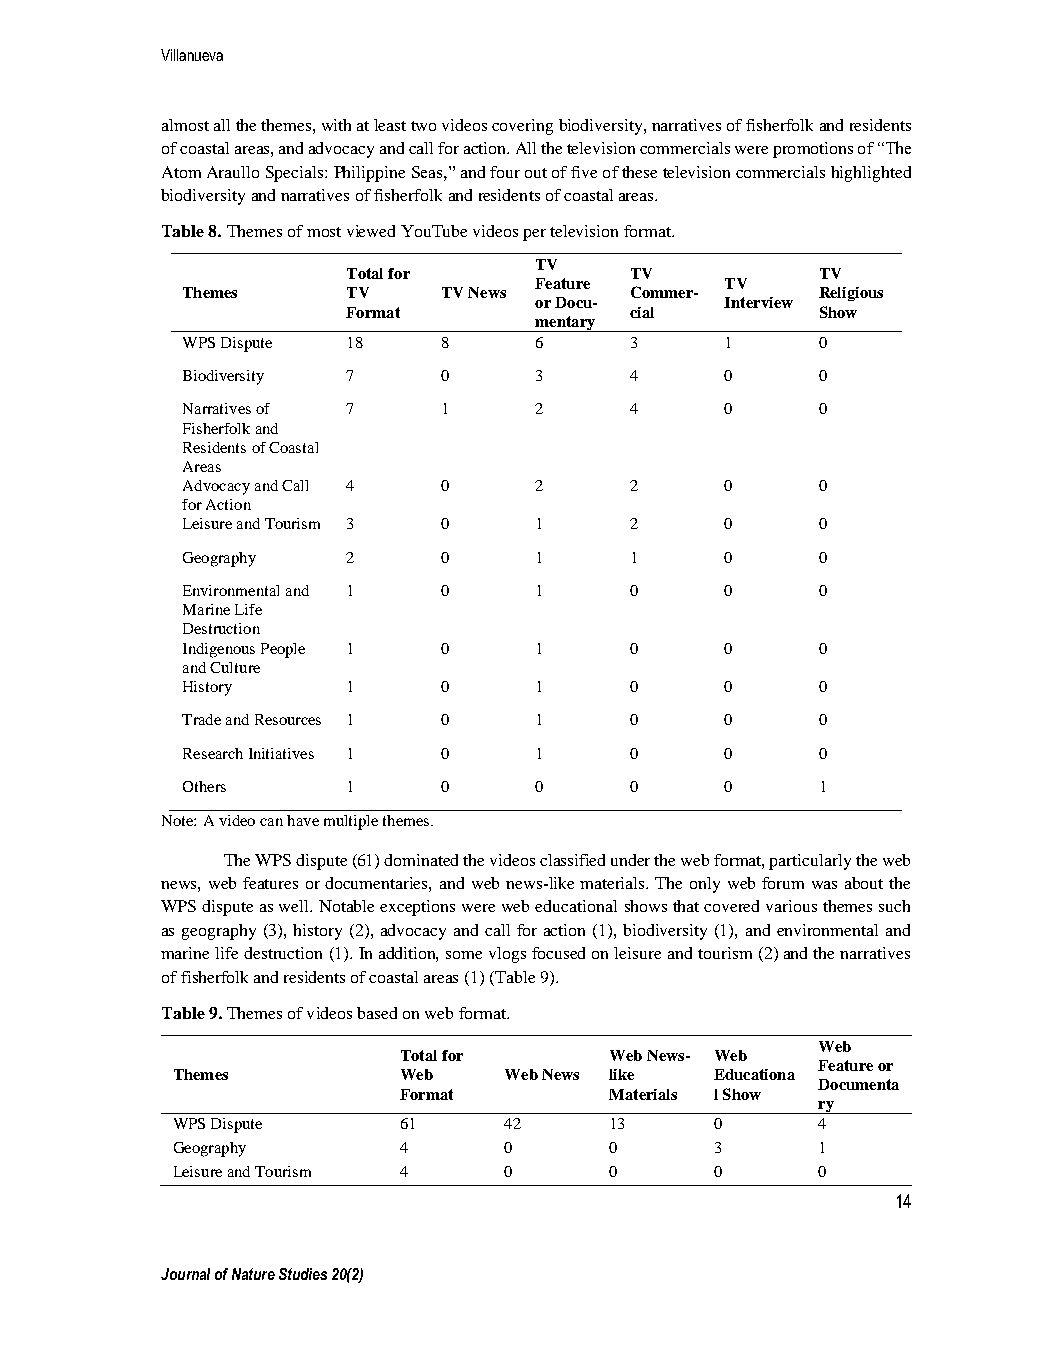
Villanueva
 almost all the themes, with at least two videos covering biodiversity, narratives of fisherfolk and residents
 of coastal areas, and advocacy and call for action. All the television commercials were promotions of “The
 Atom Araullo Specials: Philippine Seas,” and four out of five of these television commercials highlighted
 biodiversity and narratives of fisherfolk and residents of coastal areas.
 Table 8. Themes of most viewed YouTube videos per television format.
 TV
 Total for          TV          TV
 Feature      TV
 Themes     TV    TV News      Commer-     Religious
 or Docu-     Interview
 Format             cial        Show
 mentary
 WPS Dispute 18   8     6      3     1     0
 Biodiversity 7   0     3      4     0     0
 Narratives of 7  1     2      4     0     0
 Fisherfolk and
 Residents of Coastal
 Areas
 Advocacy and Call 4 0  2      2     0     0
 for Action
 Leisure and Tourism 3 0 1     2     0     0
 Geography  2     0     1      1     0     0
 Environmental and 1 0  1      0     0     0
 Marine Life
 Destruction
 Indigenous People 1 0  1      0     0     0
 and Culture
 History    1     0     1      0     0     0
 Trade and Resources 1 0 1     0     0     0
 Research Initiatives 1 0 1    0     0     0
 Others     1     0     0      0     0     1
 Note: A video can have multiple themes.
 The WPS dispute (61) dominated the videos classified under the web format, particularly the web
 news, web features or documentaries, and web news-like materials. The only web forum was about the
 WPS dispute as well. Notable exceptions were web educational shows that covered various themes such
 as geography (3), history (2), advocacy and call for action (1), biodiversity (1), and environmental and
 marine life destruction (1). In addition, some vlogs focused on leisure and tourism (2) and the narratives
 of fisherfolk and residents of coastal areas (1) (Table 9).
 Table 9. Themes of videos based on web format.
 Web
 Total for     Web News- Web
 Feature or
 Themes         Web    Web News like Educationa
 Documenta
 Format        Materials l Show
 ry
 WPS Dispute    61     42     13     0      4
 Geography      4      0      0      3      1
 Leisure and Tourism 4 0      0      0      0
 14
 Journal of Nature Studies 20(2)